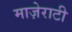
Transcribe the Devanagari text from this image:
माज़ेराटी